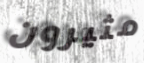
مثيرون